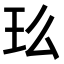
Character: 𤣵